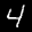
Label: 4